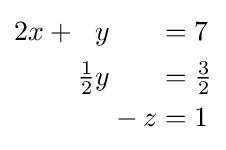
{\begin{alignedat}{4}2x&{}+{}&y&&&{}={}7&\\&&{\tfrac {1}{2}}y&&&{}={}{\tfrac {3}{2}}&\\&&&{}-{}&z&{}={}1&\end{alignedat}}